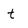
Character: t